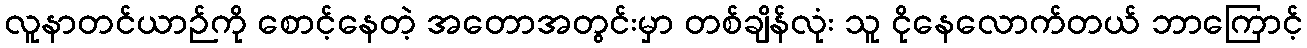
လူနာတင်ယာဉ်ကို စောင့်နေတဲ့ အတောအတွင်းမှာ တစ်ချိန်လုံး သူ ငိုနေလောက်တယ် ဘာကြောင့်